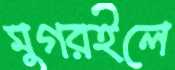
মুগরইলে